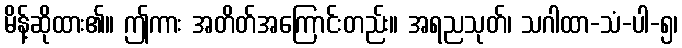
မိန့်ဆိုထား၏။ ဤကား အတိတ်အကြောင်းတည်း။ အရညသုတ်၊ သဂါထာ-သံ-ပါ-၅၊